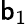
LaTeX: \mathsf{b}_{1}